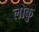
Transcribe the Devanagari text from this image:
लोकु